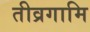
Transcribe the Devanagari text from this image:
तीव्रगामि